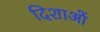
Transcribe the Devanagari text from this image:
दिशाआें